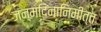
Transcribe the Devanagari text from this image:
जन्मदिनानिमीत्त